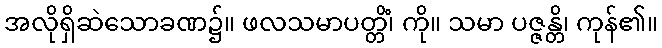
အလိုရှိဆဲသောခဏ၌။ ဖလသမာပတ္တိံ၊ ကို။ သမာ ပဇ္ဇန္တိ၊ ကုန်၏။